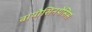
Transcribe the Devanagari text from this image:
बायोसिनथेसिस